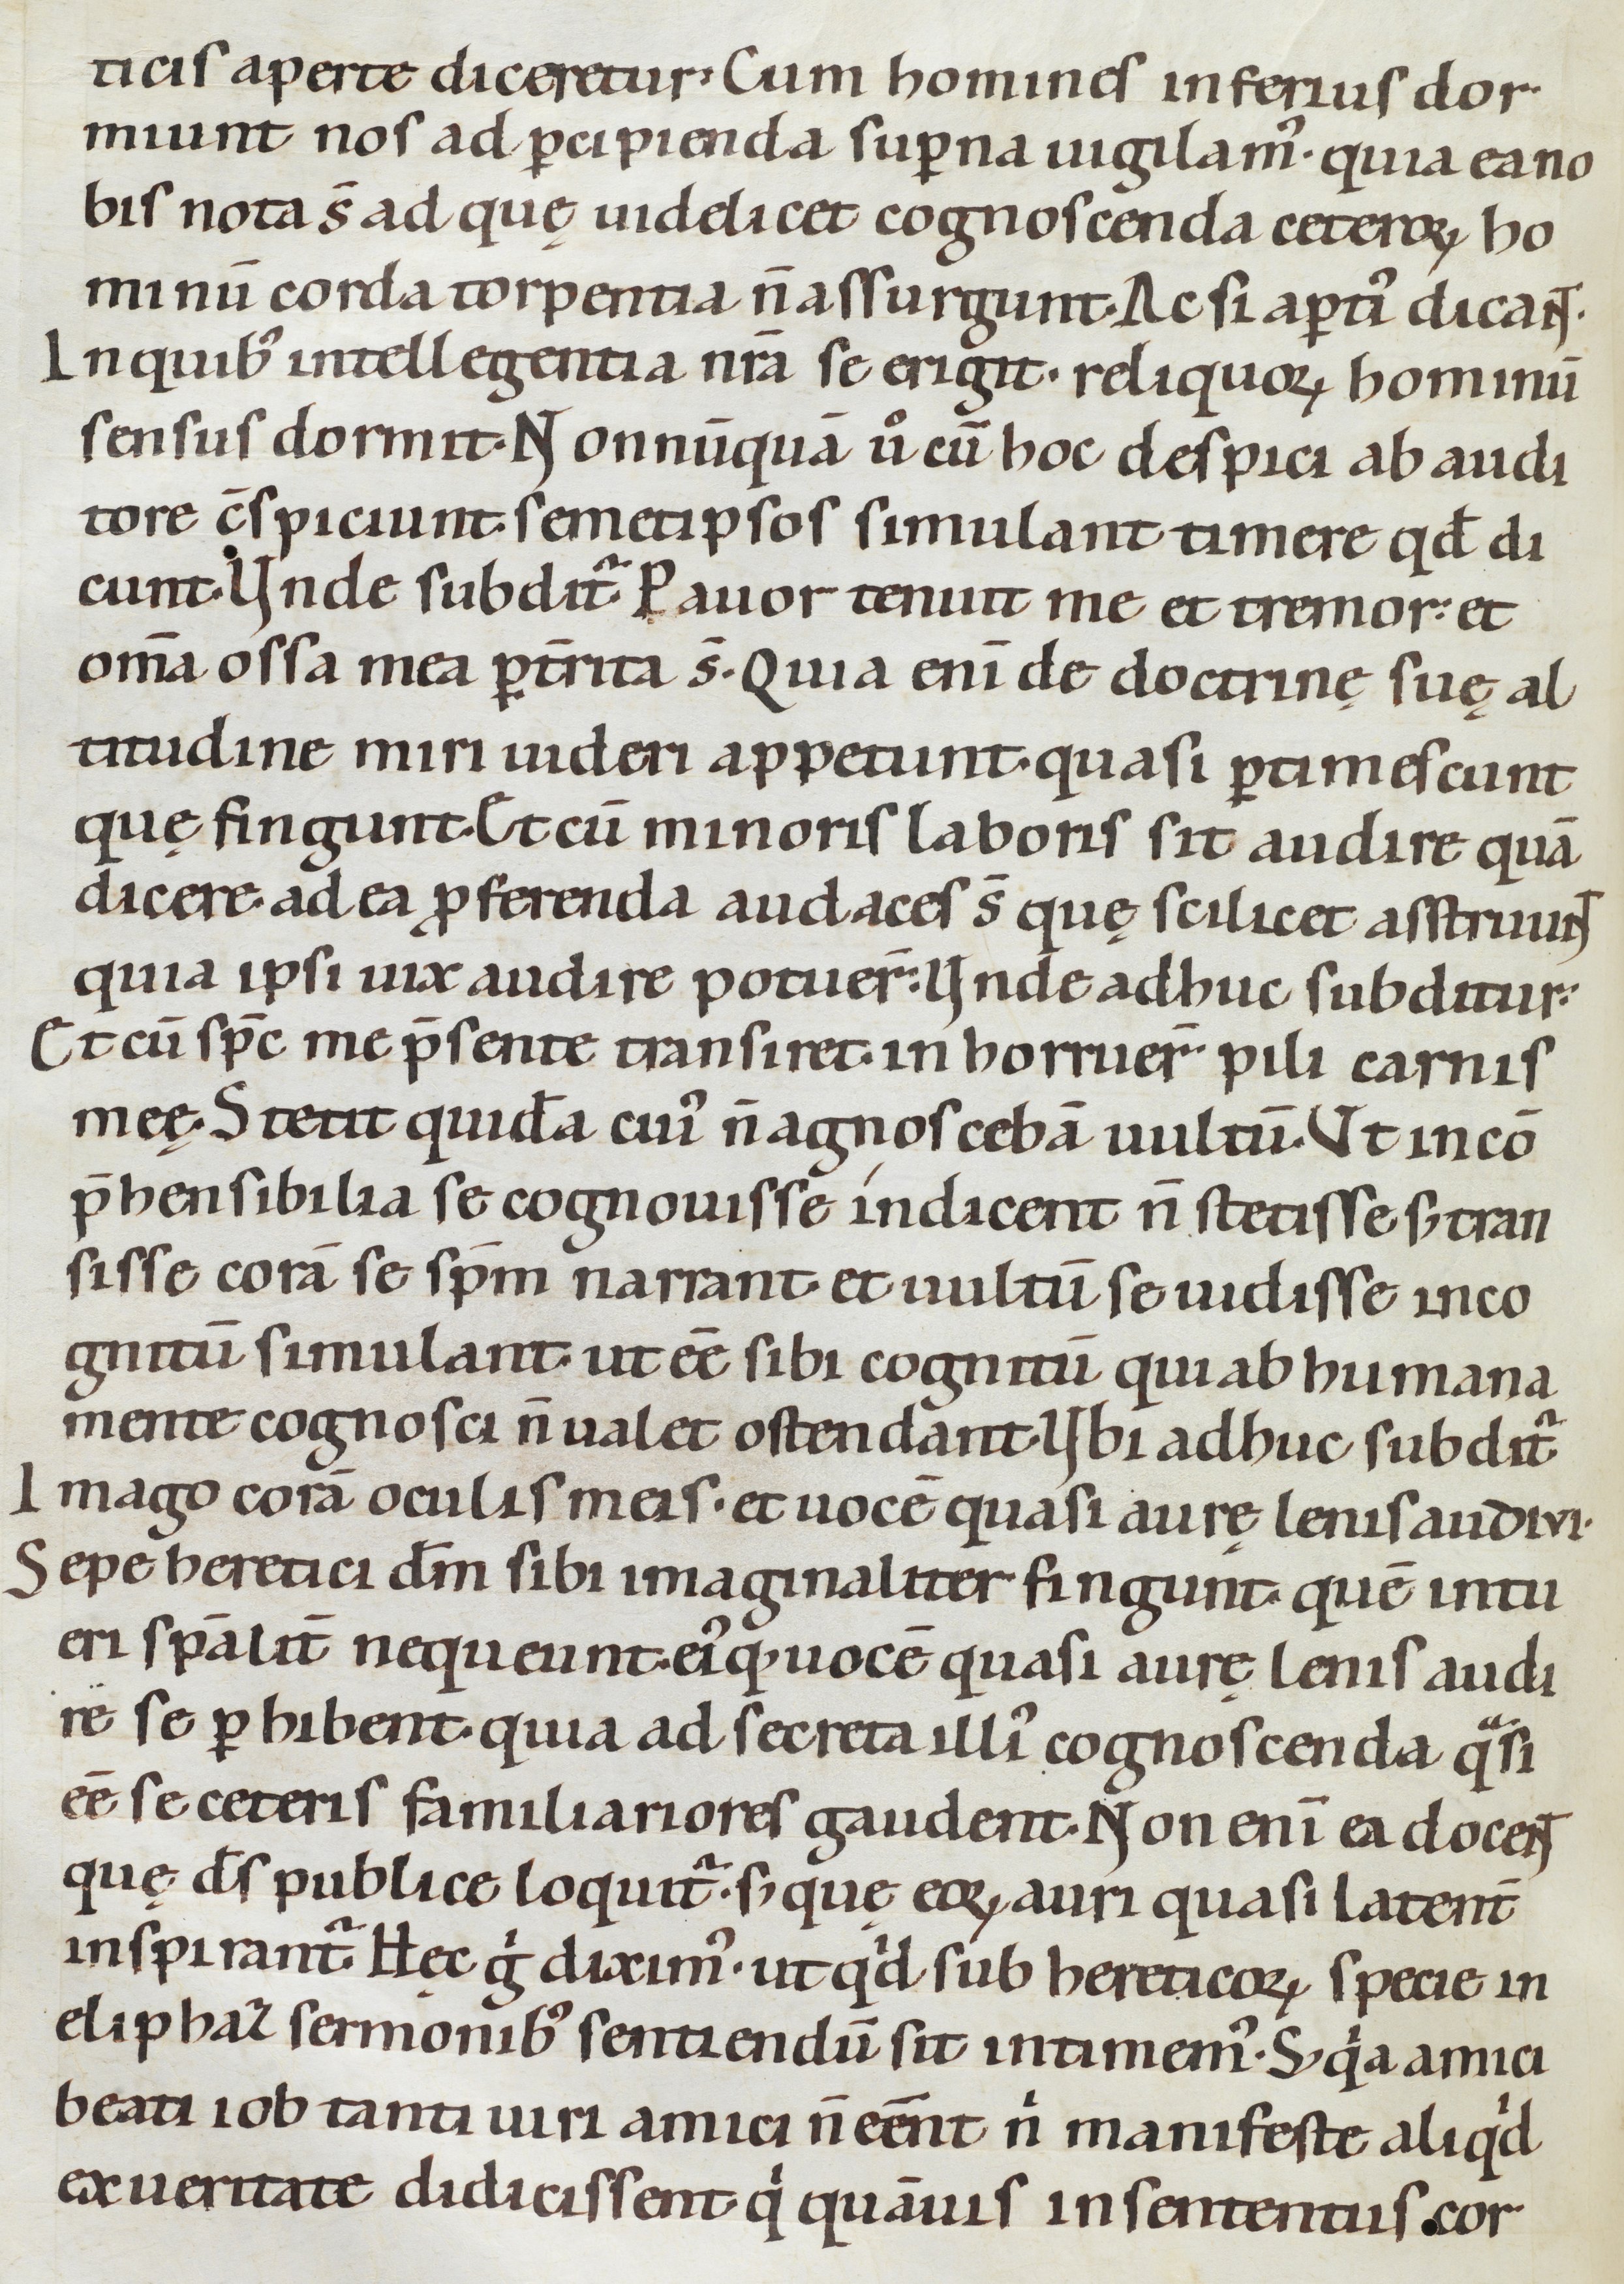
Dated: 1080–1096